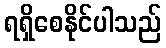
ရရှိစေနိုင်ပါသည်